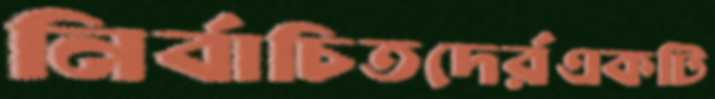
নির্বাচিতদের্রএকটি